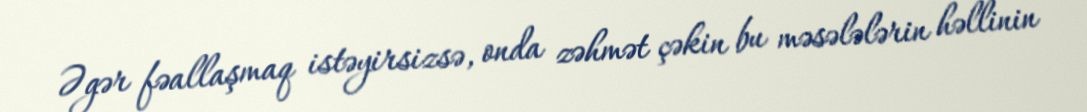
Əgər fəallaşmaq istəyirsizsə, onda zəhmət çəkin bu məsələlərin həllinin